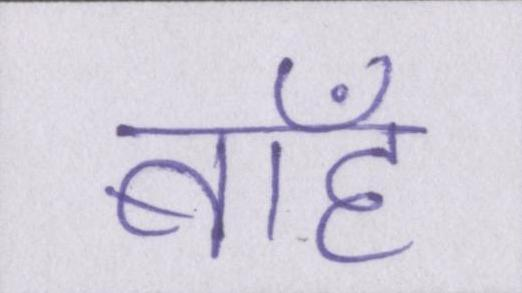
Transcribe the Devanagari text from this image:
बाँह